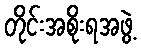
တိုင်းအစိုးရအဖွဲ့